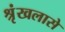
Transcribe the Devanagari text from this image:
श्रृंखलासे